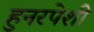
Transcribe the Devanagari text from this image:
हुनरपेशी